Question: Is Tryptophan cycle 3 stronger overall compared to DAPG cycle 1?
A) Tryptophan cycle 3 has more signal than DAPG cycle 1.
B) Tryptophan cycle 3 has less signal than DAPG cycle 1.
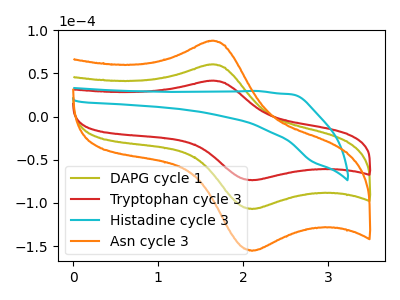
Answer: <think>The olive curve "DAPG cycle 1" has an anodic peak at (1.60V, 60.35uA) and a cathodic peak at (2.10V, -106.95uA). The red curve "Tryptophan cycle 3" has an anodic peak at (1.60V, 41.55uA) and a cathodic peak at (2.10V, -73.65uA). The cyan curve "Histadine cycle 3" has no peaks. The orange curve "Asn cycle 3" has an anodic peak at (1.60V, 120.65uA) and a cathodic peak at (2.10V, -213.90uA).
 All the peaks in "Tryptophan cycle 3" have a peak in "DAPG cycle 1" at the same potential. Every peak in "Tryptophan cycle 3" is lower than every peak in "DAPG cycle 1".</think>
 <answer>B) "Tryptophan cycle 3" has less signal than "DAPG cycle 1".</answer>
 <eval>B</eval>